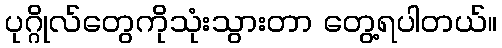
ပုဂ္ဂိုလ်တွေကိုသုံးသွားတာ တွေ့ရပါတယ်။